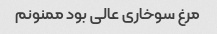
مرغ سوخاری عالی بود ممنونم